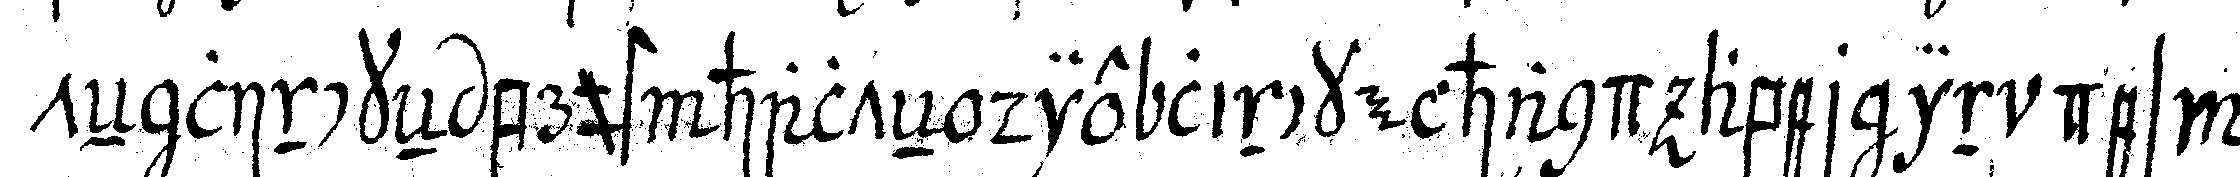
teN linckeN brust halteN die lincke hand aber in des